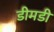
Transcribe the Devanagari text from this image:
डीमडी